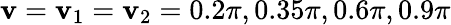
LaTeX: \mathbf{v}=\mathbf{v}_{1}=\mathbf{v}_{2}=0.2\pi,0.35\pi,0.6\pi,0.9\pi